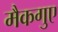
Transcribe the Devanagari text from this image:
मैकगुए